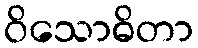
ဝိသောဓိတာ